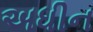
અધીન